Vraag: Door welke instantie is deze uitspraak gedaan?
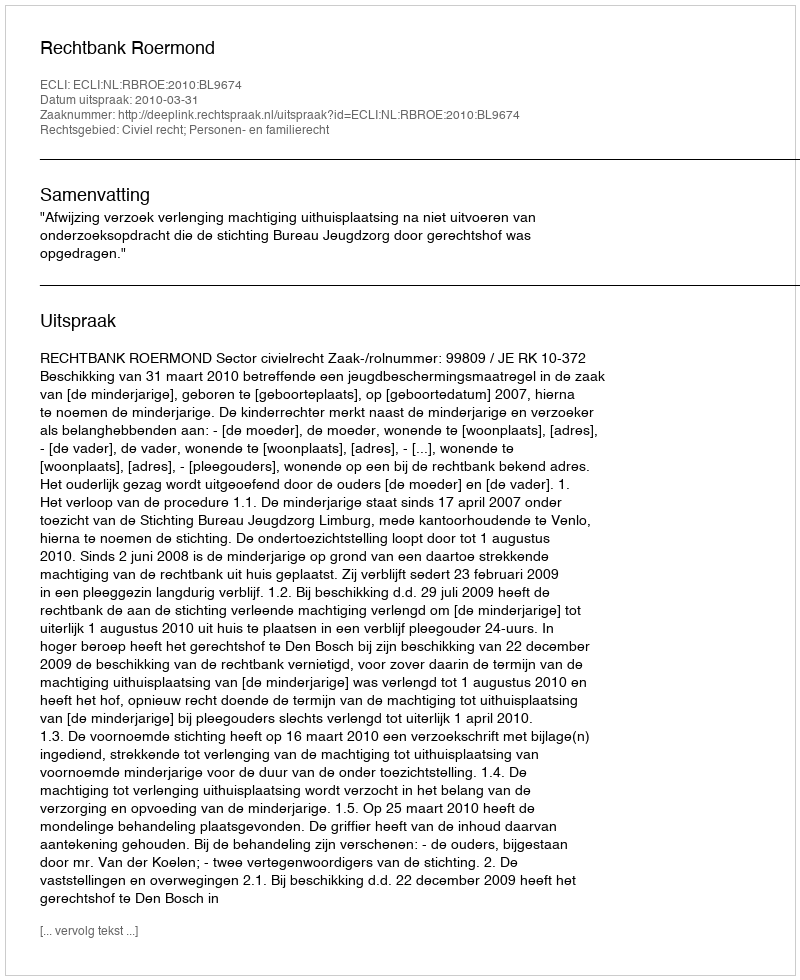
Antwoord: Rechtbank Roermond